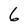
Character: 6